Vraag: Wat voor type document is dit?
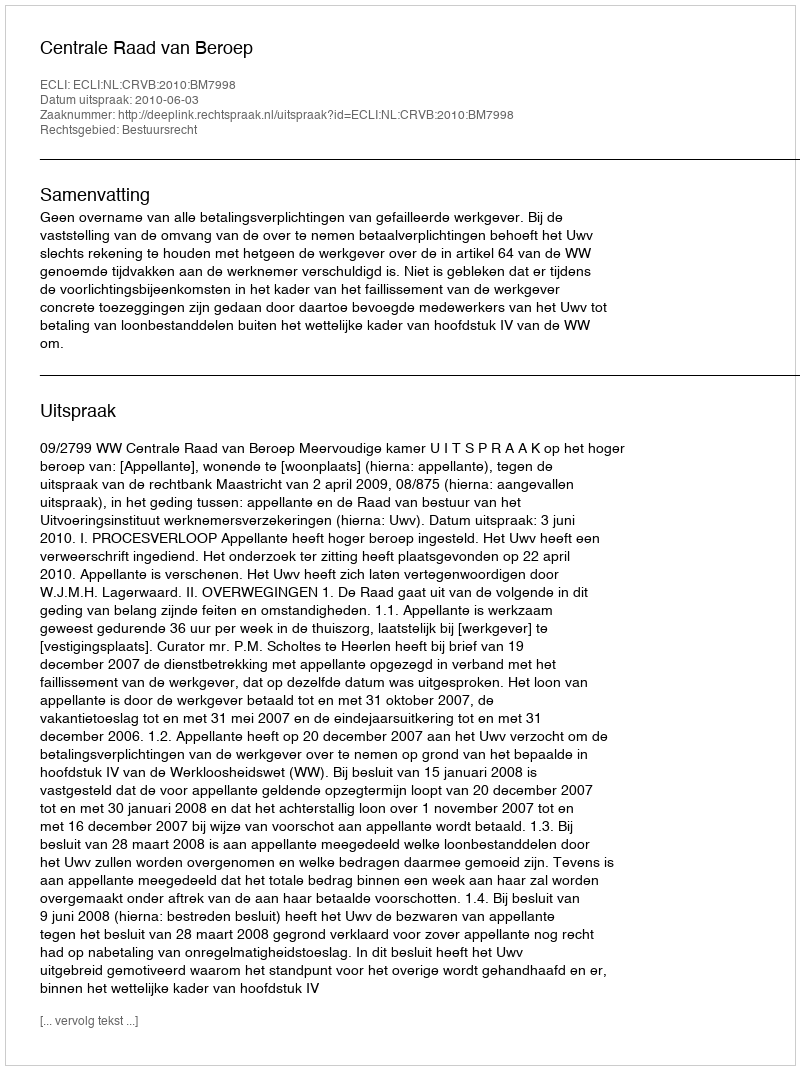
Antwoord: Uitspraak